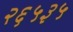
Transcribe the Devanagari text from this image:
२६५३५